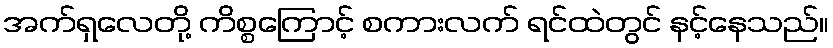
အက်ရှလေတို့ ကိစ္စကြောင့် စကားလက် ရင်ထဲတွင် နင့်နေသည်။